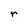
Character: r